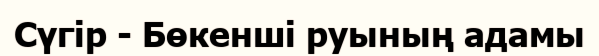
Сүгір - Бөкенші руының адамы